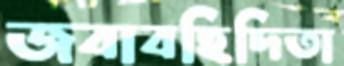
জবাবহিদিতা